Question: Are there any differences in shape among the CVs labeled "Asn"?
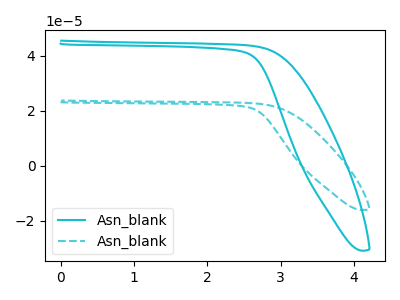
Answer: <think>The cyan curve "Asn_blank1" has no peaks. The cyan dashed curve "Asn_blank2" has no peaks.
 Neither "Asn_blank1" or "Asn_blank2" have any peaks.</think>
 <answer>All the CV's of "Asn" have similar shape.</answer>
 <eval>follow_rule</eval>